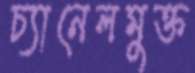
চ্যানেলমুক্ত